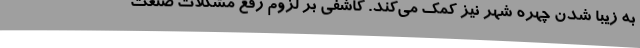
به زیبا شدن چهره شهر نیز کمک می‌کند. کاشفی بر لزوم رفع مشکلات صنعت